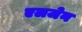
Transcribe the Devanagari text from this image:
एलजेन